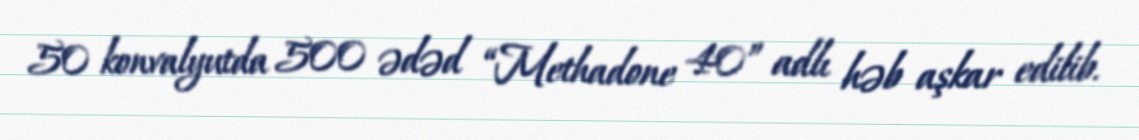
50 konvalyutda 500 ədəd “Methadone 40” adlı həb aşkar edilib.